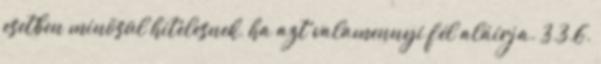
esetben minõsül hitelesnek, ha azt valamennyi fél aláírja. 3.3.6.